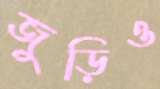
জুড়িও